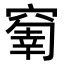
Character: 𥧗